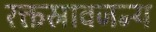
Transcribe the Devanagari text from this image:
रक्तस्रावजन्य